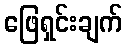
ဖြေရှင်းချက်